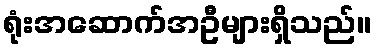
ရုံးအဆောက်အဦများရှိသည်။